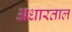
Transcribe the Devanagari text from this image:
अधारताल